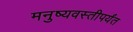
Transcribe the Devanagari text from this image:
मनुष्यवस्तीपर्यंत